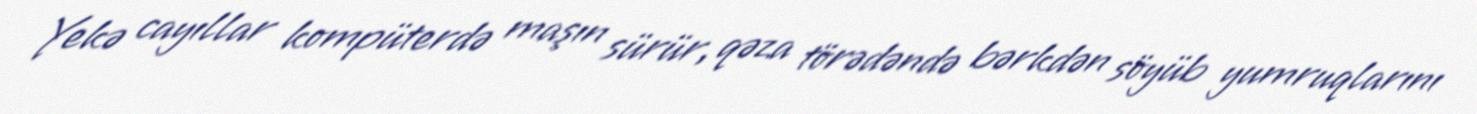
Yekə cayıllar kompüterdə maşın sürür, qəza törədəndə bərkdən söyüb yumruqlarını